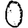
Digit: 0